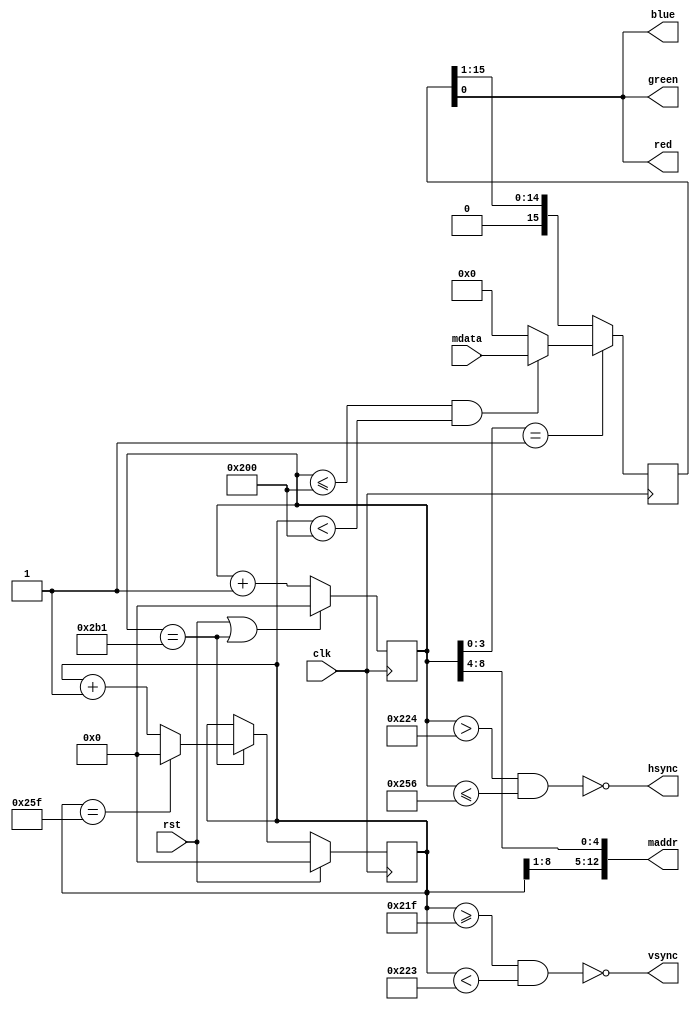
module vga512x256 (
	input wire clk,
	input wire rst,
	output wire [12:0] maddr,	
	input wire [15:0] mdata,	
	output wire red,
	output wire green,
	output wire blue,
	output wire hsync,
	output wire vsync);
	parameter B = 50;	
	parameter C = 92;	
	parameter D = 512;	
	parameter E = 36;	
	parameter P = 4;	
	parameter Q = 61;	
	parameter R = 512;	
	parameter S = 31;	
	reg [9:0] cnt_x;
	reg [9:0] cnt_y;
	reg [15:0] word;
	assign red = word[0];
	assign green = word[0];
	assign blue = word[0];
	assign maddr = { cnt_y[8:1], cnt_x[8:4] };
	assign hsync = ~(cnt_x > (D + E) && cnt_x <= (D + E + B));
	assign vsync = ~(cnt_y >= (R + S) && cnt_y < (R + S + P));
	always @(posedge clk) begin
		if (rst || cnt_x == (B + C + D + E - 1))
			cnt_x <= 0;
		else
			cnt_x <= cnt_x + 1;
		if (rst)
			cnt_y <= 0;
		else if (cnt_x == (B + C + D + E - 1)) begin
			if (cnt_y == (P + Q + R + S - 1))
				cnt_y <= 0;
			else
				cnt_y <= cnt_y + 1;
		end
		if (cnt_x[3:0] == 1) begin
			if (cnt_x <= D && cnt_y < R)
				word <= mdata;
			else
				word <= 0;
		end else
			word <= { 1'b0, word[15:1] };
	end
endmodule